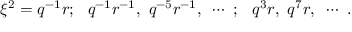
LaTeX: \xi ^ { 2 } = q ^ { - 1 } r ; ~ ~ q ^ { - 1 } r ^ { - 1 } , ~ q ^ { - 5 } r ^ { - 1 } , ~ \cdots ~ ; ~ ~ q ^ { 3 } r , ~ q ^ { 7 } r , ~ \cdots ~ .